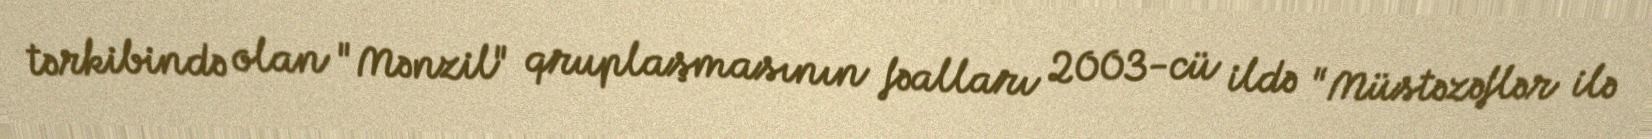
tərkibində olan "Mənzil" qruplaşmasının fəalları 2003-cü ildə "Müstəzəflər ilə